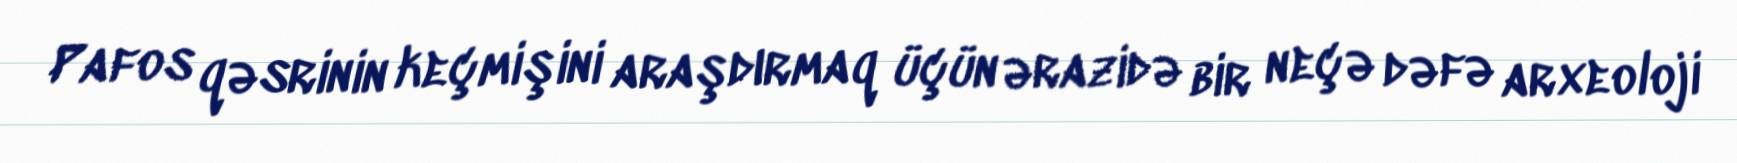
Pafos qəsrinin keçmişini araşdırmaq üçün ərazidə bir neçə dəfə arxeoloji